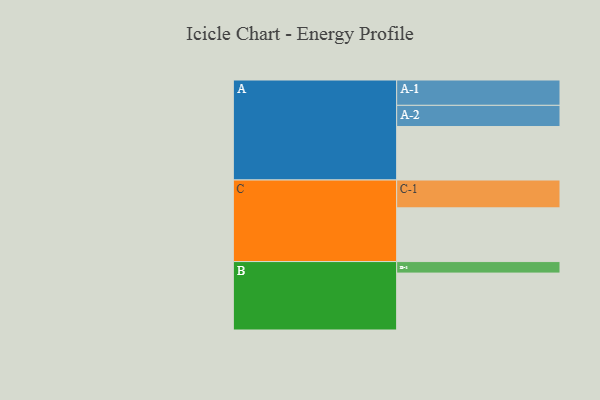
{"axis": {"x": "Segment", "y": "Value"}, "legend": ["", "A", "B", "C"], "data": [{"x": "A", "y": 557, "type": ""}, {"x": "B", "y": 593, "type": ""}, {"x": "C", "y": 560, "type": ""}, {"x": "A-1", "y": 264, "type": "A"}, {"x": "A-2", "y": 221, "type": "A"}, {"x": "B-1", "y": 120, "type": "B"}, {"x": "C-1", "y": 290, "type": "C"}]}